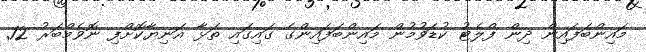
މައިންބަފައިން ދިން ފްލެޓު ކުޑަވުމުން މައިންބަފައިންގެ ގައިގައި ތަޅާ އަނިޔާކޮށްފި ނޮވެމްބަރު 12